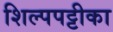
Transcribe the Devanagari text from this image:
शिल्पपट्टीका